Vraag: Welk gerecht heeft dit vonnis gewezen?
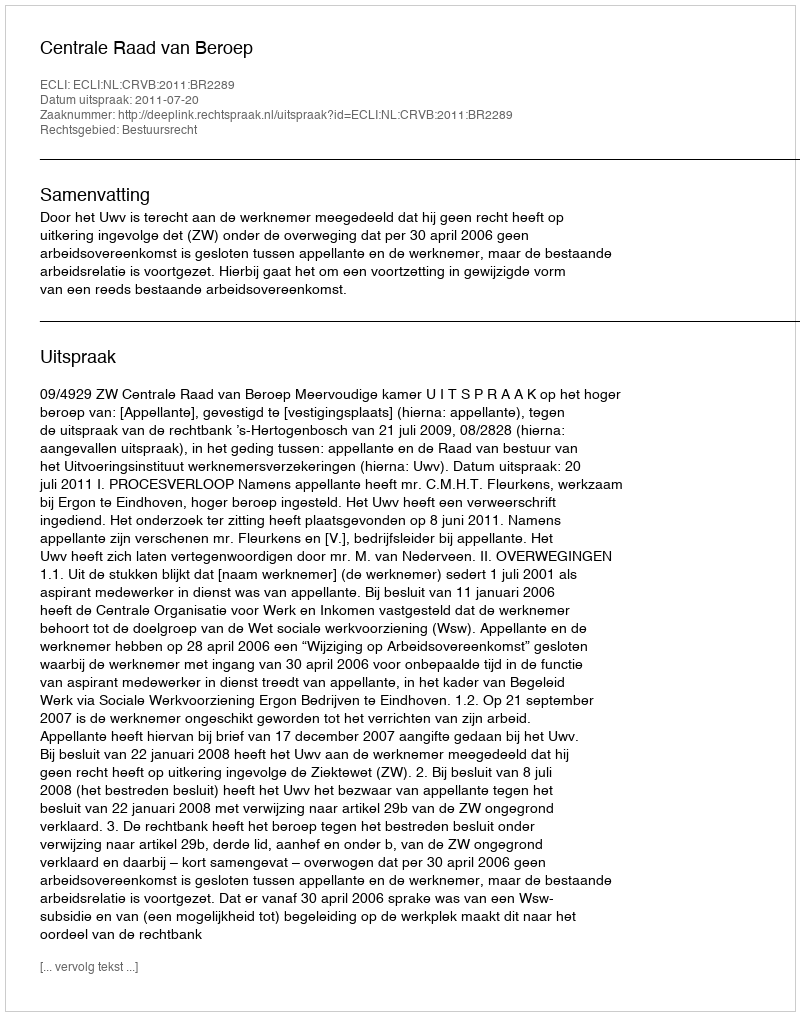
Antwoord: Centrale Raad van Beroep